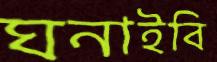
ঘনাইবি